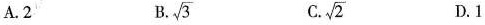
A.2 B.\sqrt{3} C.\sqrt{2} D.1